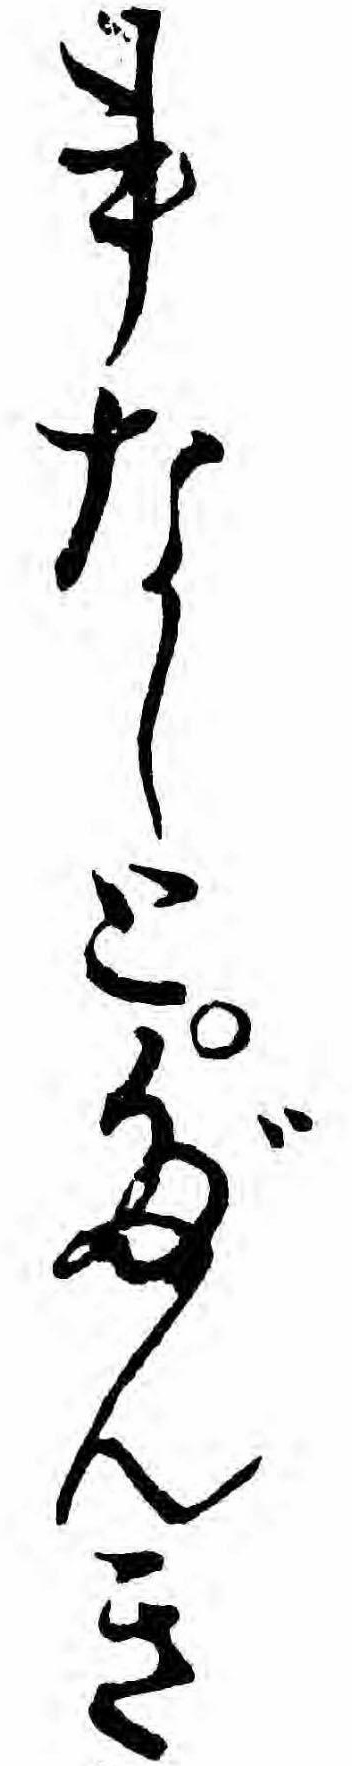
事なしとだんき